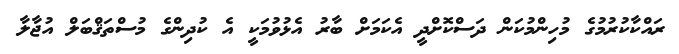
ރައްކާކުރުމުގެ މުހިންމުކަން ދަސްކޮށްދީ އެކަމަށް ބާރު އެޅުވުމަކީ އެ ކުދިންގެ މުސްތަޤްބަލް އުޖާލާ